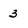
Character: 3